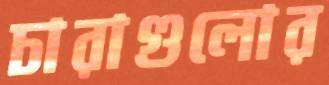
চারাগুলোর